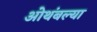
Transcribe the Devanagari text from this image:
ओथंबल्या